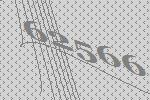
62566